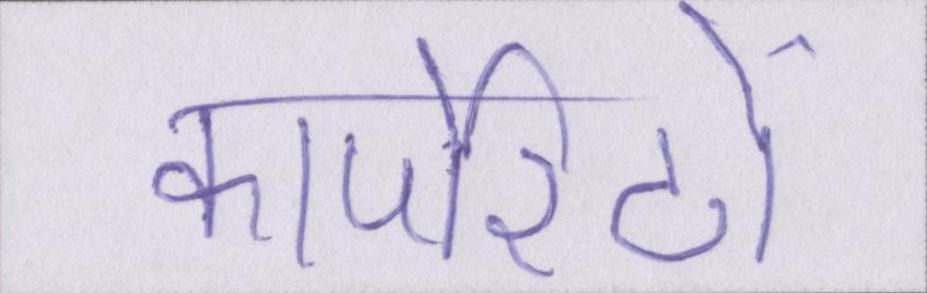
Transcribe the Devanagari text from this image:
कार्पोरेटों